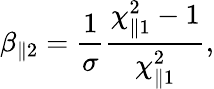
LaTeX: \beta_{\parallel 2}=\frac{1}{\sigma}\frac{\chi_{\parallel 1}^{2}-1}{\chi_{\parallel 1}^{2}},